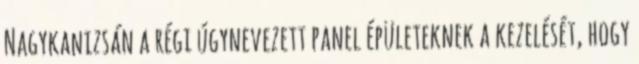
Nagykanizsán a régi úgynevezett panel épületeknek a kezelését, hogy